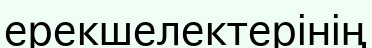
ерекшелектерінің